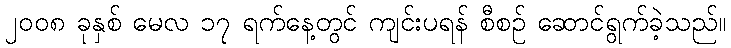
၂၀၀၈ ခုနှစ် မေလ ၁၇ ရက်နေ့တွင် ကျင်းပရန် စီစဉ် ဆောင်ရွက်ခဲ့သည်။